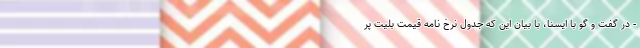
- در گفت و گو با ایسنا، با بیان این که جدول نرخ نامه قیمت بلیت پر